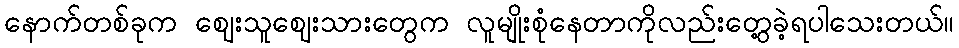
နောက်တစ်ခုက ဈေးသူဈေးသားတွေက လူမျိုးစုံနေတာကိုလည်းတွေ့ခဲ့ရပါသေးတယ်။